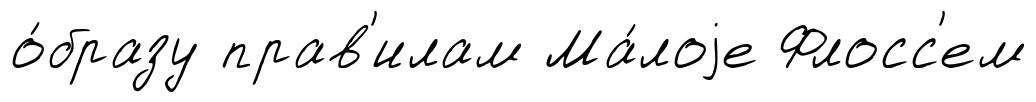
о́бразу прав'илам Ма́лоjе Флосс'ем